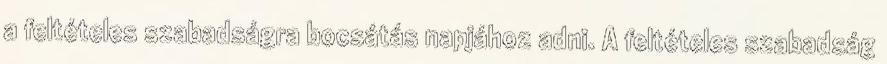
a feltételes szabadságra bocsátás napjához adni. A feltételes szabadság